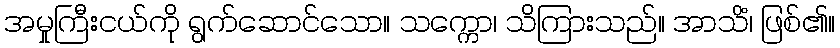
အမှုကြီးငယ်ကို ရွက်ဆောင်သော။ သက္ကော၊ သိကြားသည်။ အာသိံ၊ ဖြစ်၏။